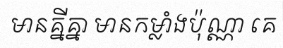
មានគ្នីគ្នា មានកម្លាំងប៉ុណ្ណា គេ